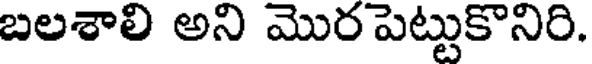
బలశాలి అని మొర పెట్టుకొనిరి.